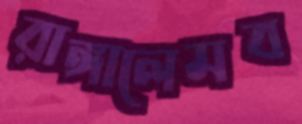
রাঙ্গালেমব